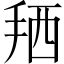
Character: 𢬣